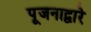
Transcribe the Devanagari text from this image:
पूजनाद्वारे